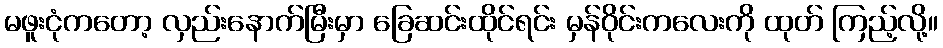
မဖူးငုံကတော့ လှည်းနောက်မြီးမှာ ခြေဆင်းထိုင်ရင်း မှန်ဝိုင်းကလေးကို ထုတ် ကြည့်လို့။